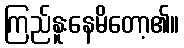
ကြည်နူးနေမိတော့၏။